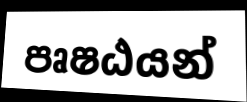
පෘෂඨයන්